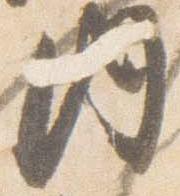
内